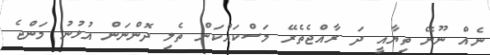
ނެއް ނޫނޭ ތިޔާއީ ދަ ރާއްޖެތެރޭ މަސްކައްކަން ތެލި ދޮންނަން އުޅުނު މަންޖެ